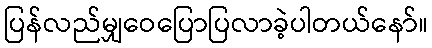
ပြန်လည်မျှဝေပြောပြလာခဲ့ပါတယ်နော်။